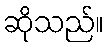
ဆိုသည်။